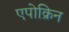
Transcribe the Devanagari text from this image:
एपोक्रिन